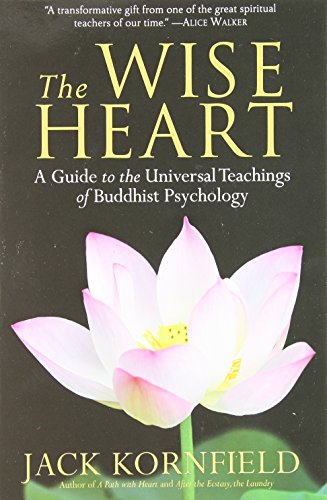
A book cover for The Wise Heart: A Guide to the Universal Teachings of Buddhist Psychology; Jack Kornfield; Politics & Social Sciences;